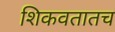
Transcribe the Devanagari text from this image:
शिकवतातच